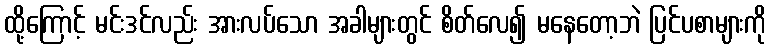
ထို့ကြောင့် မင်းဒင်လည်း အားလပ်သော အခါများတွင် စိတ်လေ၍ မနေတော့ဘဲ ပြင်ပစာများကို